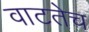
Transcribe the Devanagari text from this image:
वाटतेच